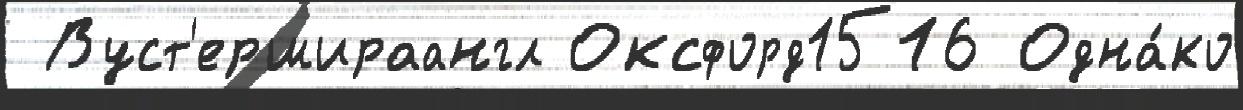
 Вуст'ершираангл Оксфорд1516 Одна́ко